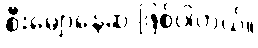
စီးမျောနေဆဲ ဖြစ်ပါတယ်။